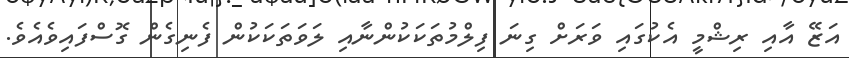
އަޒޭ އާއި ރިޝްމީ އެކުގައި ވަރަށް ގިނަ ފިލްމުތަކަކުންނާއި ލަވަތަކަކުން ފެނިގެން ގޮސްފައިވެއެވެ.